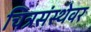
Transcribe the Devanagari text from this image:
चित्रसंस्थेवर